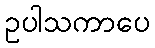
ဥပါသကာပေ